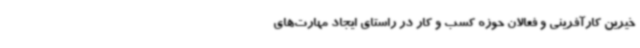
خیرین کارآفرینی و فعالان حوزه کسب و کار در راستای ایجاد مهارت‌های